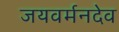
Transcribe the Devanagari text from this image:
जयवर्मनदेव